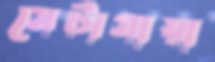
সেটাগায়া